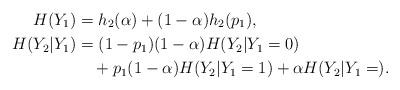
LaTeX: \begin{align*}H(Y_1)&=h_2(\alpha)+(1-\alpha)h_2(p_1),\\H(Y_2|Y_1)&=(1-p_1)(1-\alpha)H(Y_2|Y_1=0)\\*&\quad+p_1(1-\alpha)H(Y_2|Y_1=1)+\alpha H(Y_2|Y_1=).\end{align*}